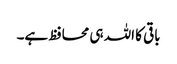
باقی کا اللہ ہی محافظ ہے۔